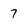
Character: 7